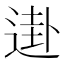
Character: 𰻀